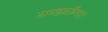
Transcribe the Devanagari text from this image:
समझाऊँगा।